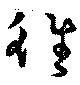
徃